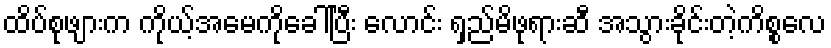
ထိပ်စုဖျားက ကိုယ့်အမေကိုခေါ်ပြီး လောင်း ရှည်မိဖုရားဆီ အသွားခိုင်းတဲ့ကိစ္စလေ